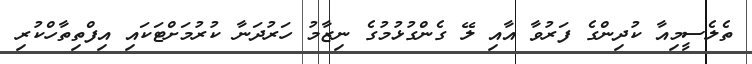
ތެލެސީމިއާ ކުދިންގެ ފަރުވާ އާއި ލޭ ގެންގުޅުމުގެ ނިޒާމު ހަރުދަނާ ކުރުމަށްޓަކައި އިފްތިތާހްކުރި